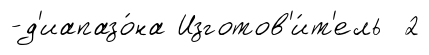
-д'иапазо́на Изготов'и́т'ель 2